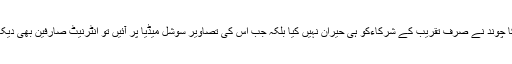
اس شادی کی چکا چوند نے صرف تقریب کے شرکاءکو ہی حیران نہیں کیا بلکہ جب اس کی تصاویر سوشل میڈیا پر آئیں تو انٹرنیٹ صارفین بھی دیکھتے ہی رہ گئے۔